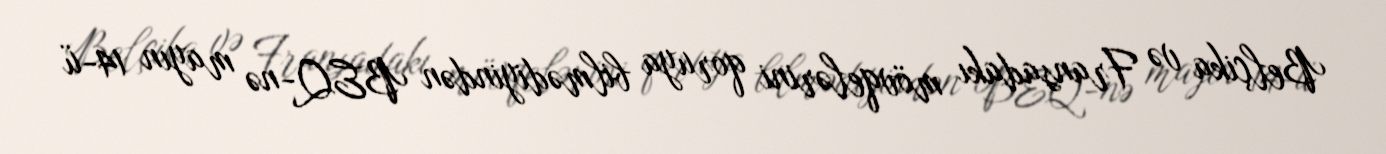
Belçika və Fransadakı mövqelərini qoruya bilmədiyindən BEQ-nə mayın 14-ü